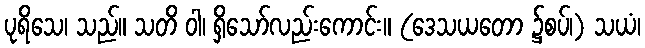
ပုရိသေ၊ သည်။ သတိ ဝါ၊ ရှိသော်လည်းကောင်း။ (ဒေသယတော ၌စပ်၊) သယံ၊